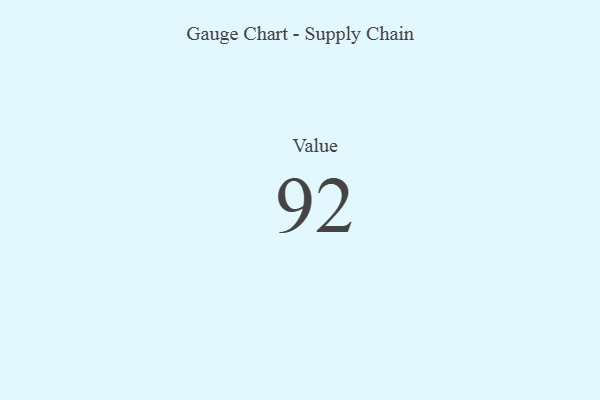
{"axis": {"x": "Metric", "y": "Value"}, "legend": [""], "data": [{"x": "Value", "y": 92, "type": ""}]}